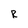
Character: R